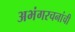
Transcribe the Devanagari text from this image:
अभंगरचनांची